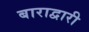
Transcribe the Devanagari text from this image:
बाराद्वारी